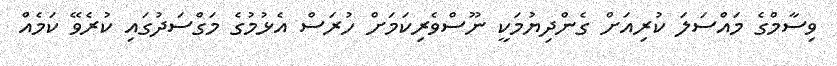
ވިސާމްގެ މައްސަލަ ކުރިއަށް ގެންދިޔުމަކީ ނޫސްވެރިކަމަށް ހުރަސް އެޅުމުގެ މަގްސަދުގައި ކުރެވޭ ކަމެއް